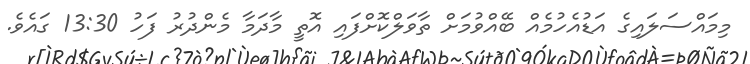
މިމައްސަލައިގެ އަޑުއެހުމެއް ބޭއްވުމަށް ތާވަލްކޮށްފައި އޮތީ މާދަމާ މެންދުރު ފަހު 13:30 ގައެވެ.